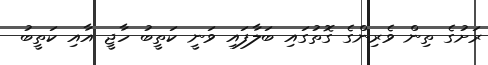
ރަށުގެ ތިން ވެރިންގެ ގޮތުގައި ބަލާފައި ވަނީ ކަތީބު ހާޖީ އާއި ކަތީބު